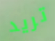
تريد